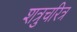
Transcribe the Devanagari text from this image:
शत्रुचरित्र